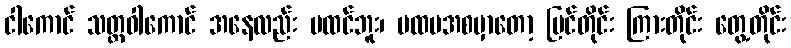
ငါကောင် သတ္တဝါကောင် အနေလည်း မထင်ဘူး၊ ပထမအစမှာတော့ မြင်တိုင်း ကြားတိုင်း တွေ့တိုင်း